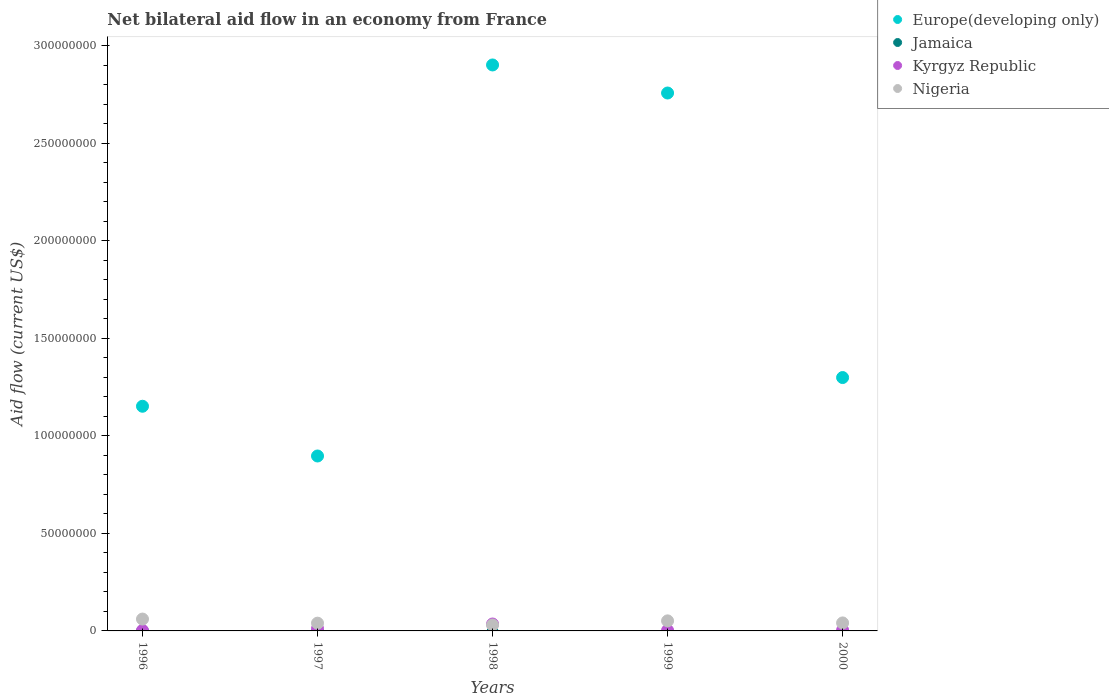
| Years | Europe(developing only) | Jamaica | Kyrgyz Republic | Nigeria |
 | --- | --- | --- | --- | --- |
 | 1996 | 1.15e+08 | -1.9e+05 | 2.5e+05 | 6.08e+06 |
 | 1997 | 8.97e+07 | -2.5e+05 | 1.24e+06 | 3.98e+06 |
 | 1998 | 2.9e+08 | -8.3e+05 | 3.55e+06 | 3.04e+06 |
 | 1999 | 2.76e+08 | -8e+05 | 2.9e+05 | 5.16e+06 |
 | 2000 | 1.3e+08 | -7.5e+05 | 3.9e+05 | 4.1e+06 |